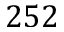
2 5 2